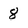
Character: 8